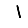
Digit: 1